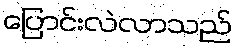
ပြောင်းလဲလာသည်